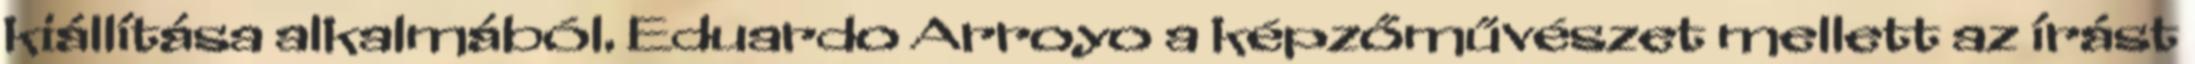
kiállítása alkalmából. Eduardo Arroyo a képzőművészet mellett az írást